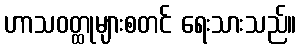
ဟာသဝတ္ထုများစတင် ရေးသားသည်။